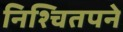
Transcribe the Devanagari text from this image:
निश्चितपने